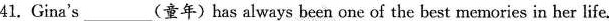
41. Gina's___(童年) has always been one of the best memories in ber life.